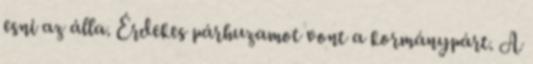
esni az álla. Érdekes párhuzamot vont a kormánypárt. A